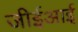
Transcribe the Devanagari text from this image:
जीईआई